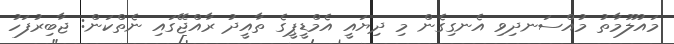
މައުލޫމާތު މުއްސަނދިވި އެނގިގެން މި ދިޔައީ އެމްޑީޕީގެ ތާއީދު ރާއްޖޭގައި ނެތްކަން: ޖާބިރުފަހު